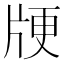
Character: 𰠞